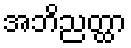
အဘိညတ္ထာ